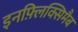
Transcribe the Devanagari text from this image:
इनफ़्लिक्सिमैब